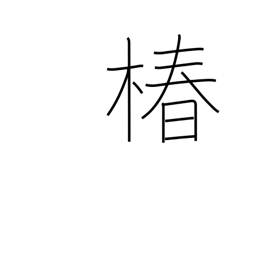
Meaning: camellia